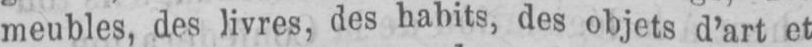
meubles, des livres, des habits, des objets d’art et